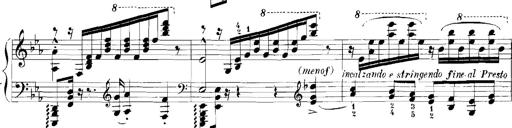
Title: Rhapsodies hongroises
Composer: Franz Liszt